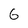
Character: 6